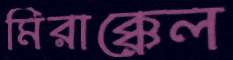
মিরাক্কেল